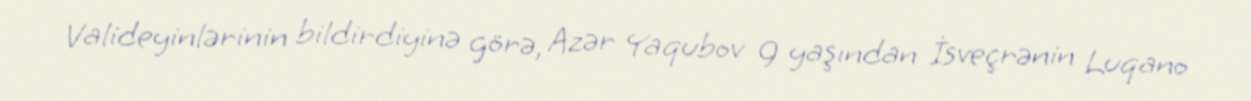
Valideyinlərinin bildirdiyinə görə, Azər Yaqubov 9 yaşından İsveçrənin Luqano